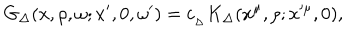
LaTeX: { G _ { \Delta } ( x , \rho , \omega ; x ^ { \prime } , 0 , \omega ^ { \prime } ) = c _ { _ { \Delta } } K _ { \Delta } ( x ^ { \mu } , \rho ; x ^ { \mu } , 0 ) , }